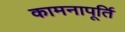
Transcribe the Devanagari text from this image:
कामनापूर्ति